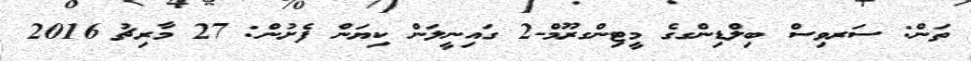
ތަން: ސަރވިސް ބިލްޑިންގގެ މީޓިންގރޫމް-2 ގައިނީލަން ކިޔަން ފެށުން: 27 މާރިޗު 2016